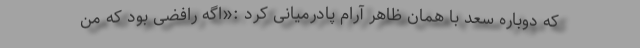
که دوباره سعد با همان ظاهر آرام پادرمیانی کرد :«اگه رافضی بود که من